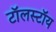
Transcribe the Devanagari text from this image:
टॉलस्‍टॉय